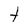
Character: t